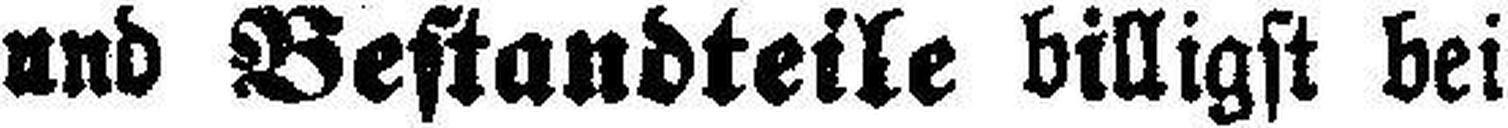
und Bestandteile billigst bei